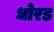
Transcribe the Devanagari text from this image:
धोरड